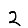
Digit: 2